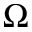
\Omega